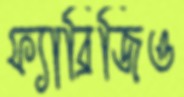
ফ্যাব্রিজিও